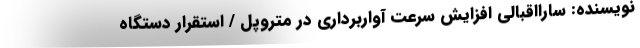
نویسنده: سارااقبالی افزایش سرعت آواربرداری در متروپل / استقرار دستگاه